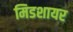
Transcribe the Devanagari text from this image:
मिडशायर